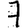
Digit: 7